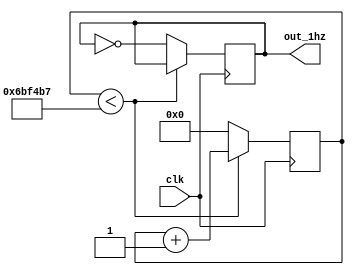
module clk_password(out_1hz,clk);
output out_1hz;
input clk;
reg [27:0] count_reg = 0;
reg out_1hz = 1;

always @(posedge clk) 
begin
        begin
        if (count_reg < 7074999) 
            count_reg <= count_reg + 1;
        else
		    begin
            count_reg <= 0;
            out_1hz <= ~out_1hz;
          end
end
end
endmodule